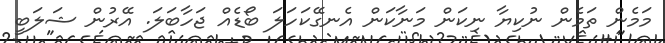
މަމެން ތަމެން ނުކިޔާ ނިކަން މަނާކަން އެނގޭކަހަލަ ބޯޑެއް ޖަހާބަލަ. އޭރުން ޝަލަބީ